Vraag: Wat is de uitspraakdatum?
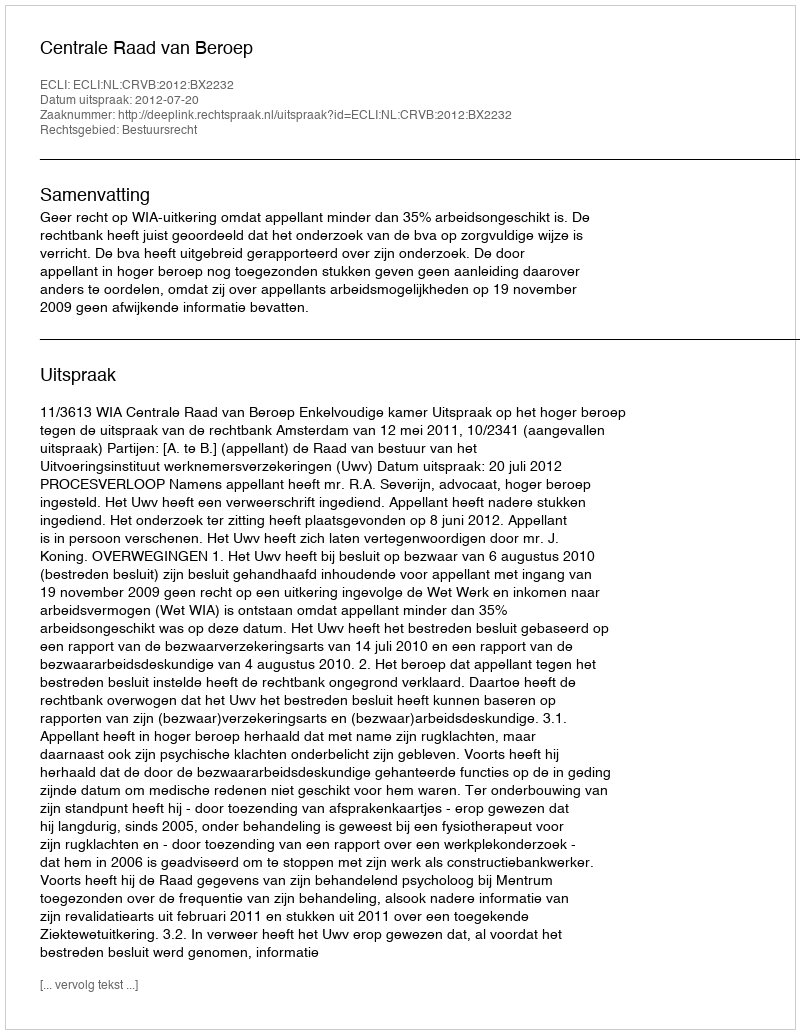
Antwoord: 2012-07-20